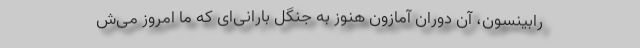
رابینسون، آن دوران آمازون هنوز به جنگل بارانی‌ای که ما امروز می‌ش